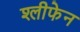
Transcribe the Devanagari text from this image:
श्लीफेन